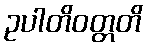
ဥပါတိဝတ္တတိ